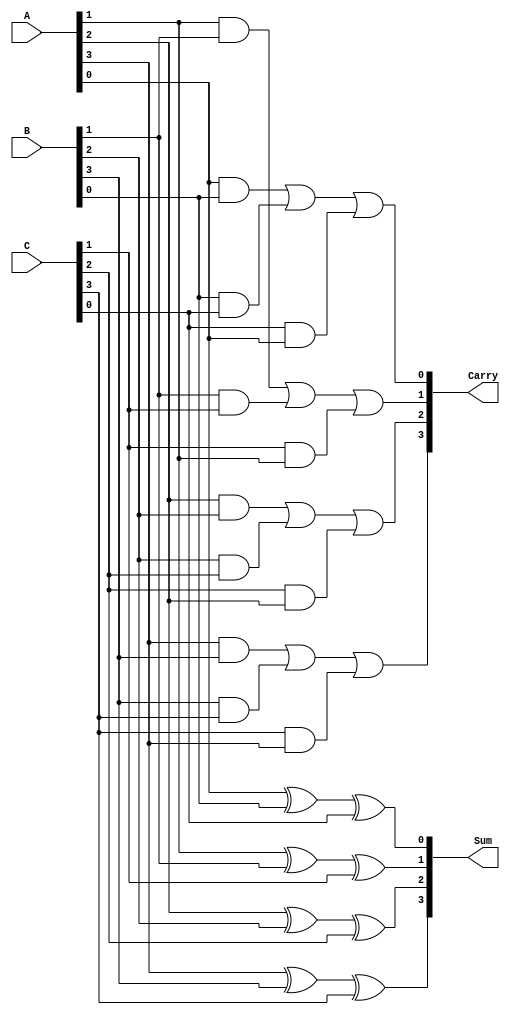
module CarrySaveAdder #(parameter n = 4) (
    input  [n-1:0] A,      // First operand
    input  [n-1:0] B,      // Second operand
    input  [n-1:0] C,      // Third operand
    output [n-1:0] Sum,     // Sum output
    output [n-1:0] Carry    // Carry output
);

    // Internal wires for carry and sum
    wire [n-1:0] sum_temp;
    wire [n-1:0] carry_temp;

    // Full Adder logic for each bit
    genvar i;
    generate
        for (i = 0; i < n; i = i + 1) begin : full_adder
            // Full Adder for each bit
            assign sum_temp[i] = A[i] ^ B[i] ^ C[i]; // Sum = A XOR B XOR C
            assign carry_temp[i] = (A[i] & B[i]) | (B[i] & C[i]) | (C[i] & A[i]); // Carry = (A AND B) OR (B AND C) OR (C AND A)
        end
    endgenerate

    // Assign outputs
    assign Sum = sum_temp;
    assign Carry = carry_temp;

endmodule